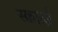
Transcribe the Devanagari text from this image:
स्क्वार्त्ज़